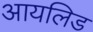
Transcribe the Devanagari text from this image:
आयलिड